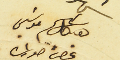
هيكل سليم  موسَي غصن صورات